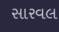
સારવલ